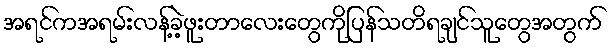
အရင်ကအရမ်းလန့်ခဲ့ဖူးတာလေးတွေကိုပြန်သတိရချင်သူတွေအတွက်